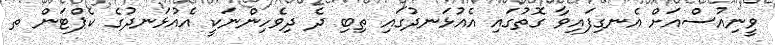
ވީނިއުސްއަށް އެނގިފައިވާ ގޮތުގައި އެއުޅަނދުގައި ތިބި ދެ ދިވެހިންނަކީ އެއުޅަނދުގެ ކެޕްޓަން ތ